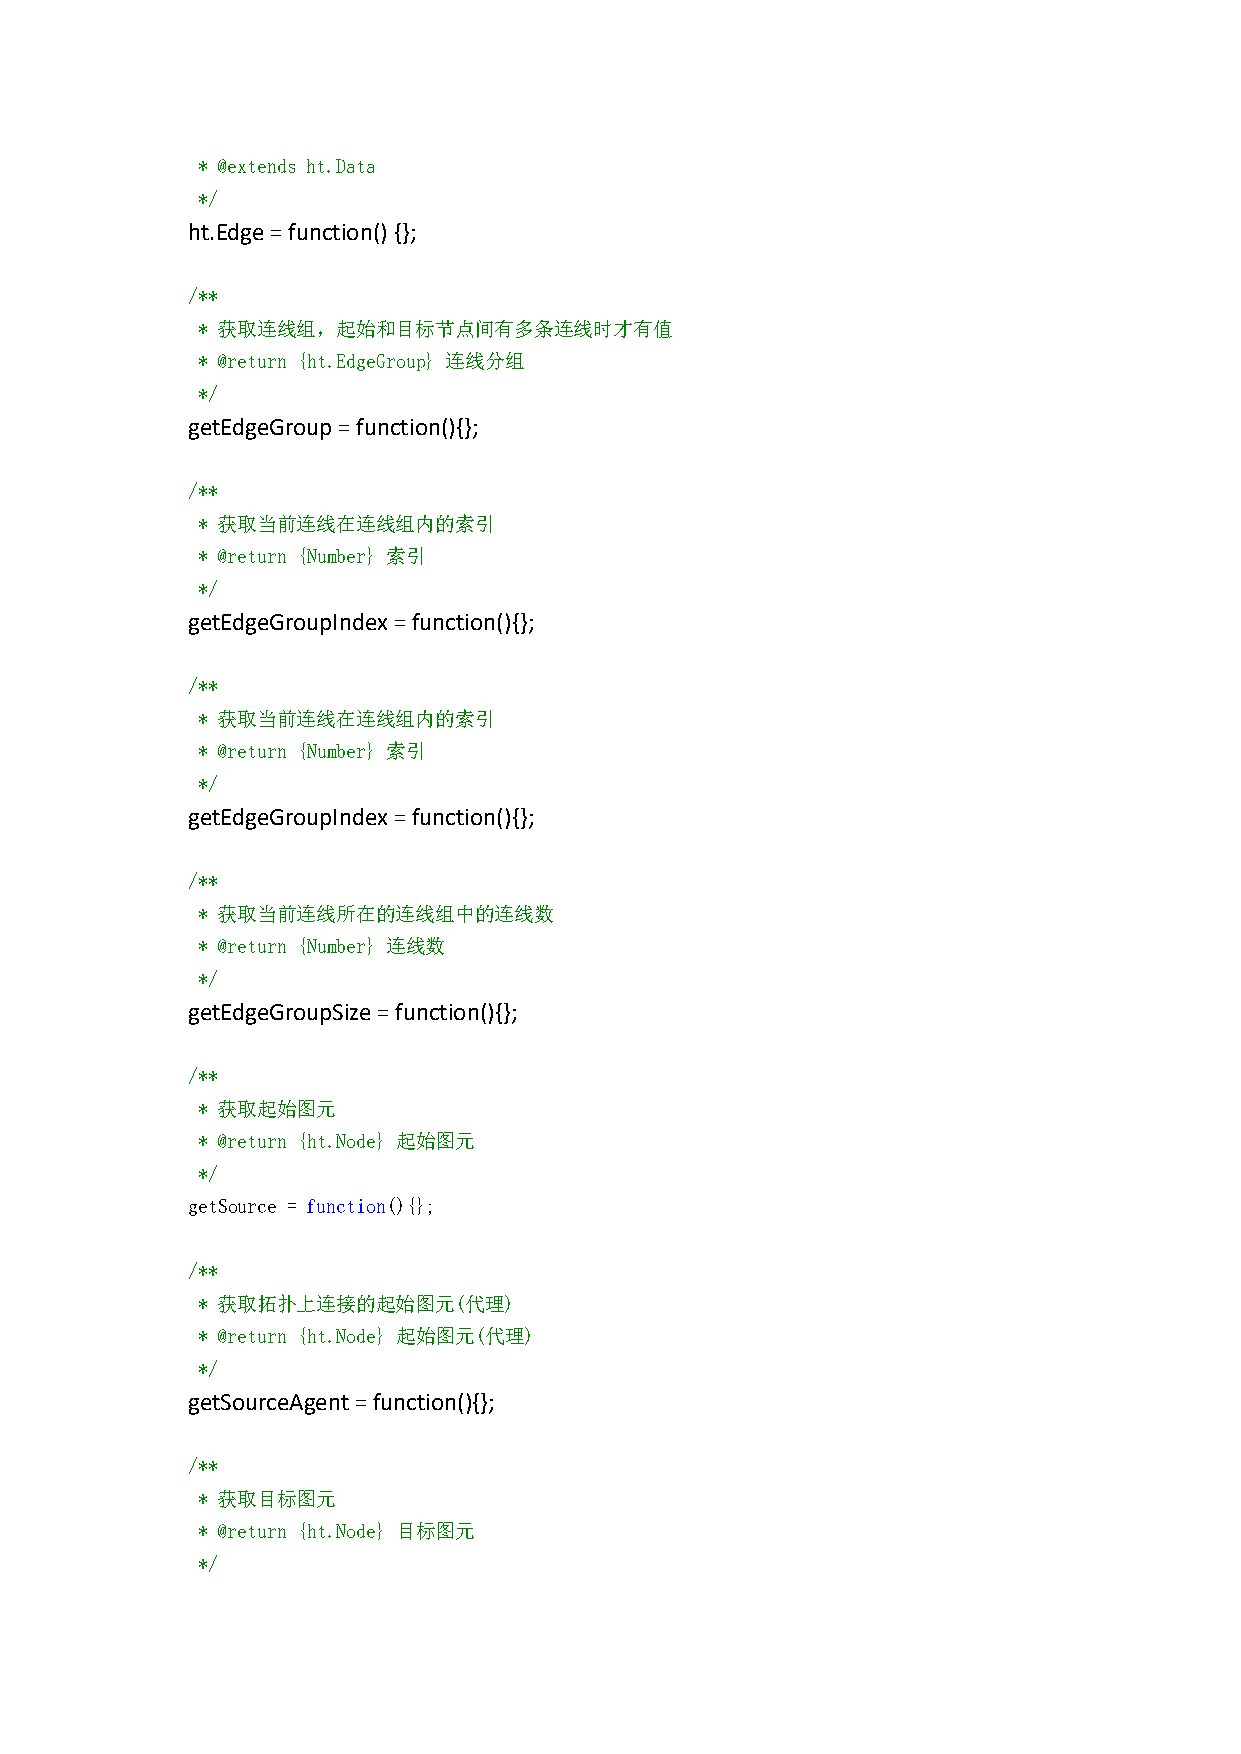
* @extends ht.Data
 */
 ht.Edge=function(){};
 /**
 * 获取连线组，起始和目标节点间有多条连线时才有值
 * @return {ht.EdgeGroup} 连线分组
 */
 getEdgeGroup=function(){};
 /**
 * 获取当前连线在连线组内的索引
 * @return {Number} 索引
 */
 getEdgeGroupIndex=function(){};
 /**
 * 获取当前连线在连线组内的索引
 * @return {Number} 索引
 */
 getEdgeGroupIndex=function(){};
 /**
 * 获取当前连线所在的连线组中的连线数
 * @return {Number} 连线数
 */
 getEdgeGroupSize=function(){};
 /**
 * 获取起始图元
 * @return {ht.Node} 起始图元
 */
 getSource = function(){};
 /**
 * 获取拓扑上连接的起始图元(代理)
 * @return {ht.Node} 起始图元(代理)
 */
 getSourceAgent=function(){};
 /**
 * 获取目标图元
 * @return {ht.Node} 目标图元
 */